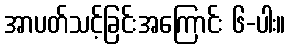
အာပတ်သင့်ခြင်းအကြောင်း ၆-ပါး။